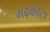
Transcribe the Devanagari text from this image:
गढ़कोटा